Leaving Certificate Examination (including Day School Certificate (Higher) General paper), 1927
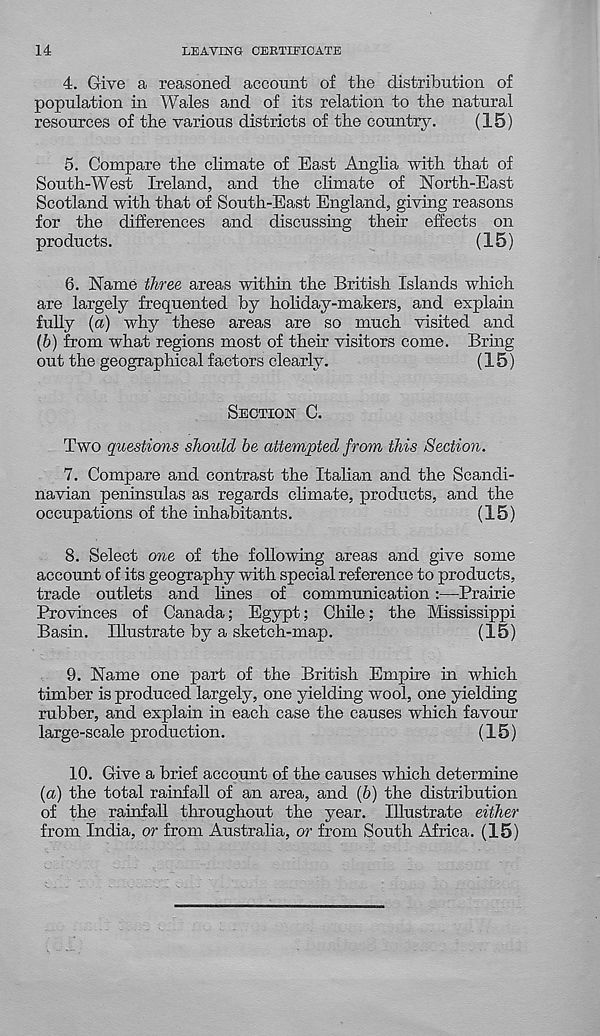
14
LEAVING CERTIFICATE
4. Give a reasoned account of the distribution of
population in Wales and of its relation to the natural
resources of the various districts of the country.
(15)
5. Compare the climate of East Anglia with that of
South-West Ireland, and the climate of North-East
Scotland with that of South-East England, giving reasons
for the differences and discussing their effects on
products.
(15)
6. Name three areas withm the British Islands which
are largely frequented by holiday-makers, and explain
fully (a) why these areas are so much visited and
(6) from what regions most of their visitors come. Bring
out the geographical factors clearly.
(15)
SECTION C.
Two questions should be attempted from this Section.
7. Compare and contrast the Italian and the Scandi-
navian peninsulas as regards climate, products, and the
occupations of the inhabitants.
(15)
8. Select one of the following areas and give some
account of its geography with special reference to products,
trade outlets and lines of communication:—Prairie
Provinces of Canada; Egypt; Chile; the Mississippi
Basin. Illustrate by a sketch-map.
(15)
9. Name one part of the British Empire in which
timber is produced largely, one yielding wool, one yielding
rubber, and explain in each case the causes which favour
large-scale production.
(15)
10. Give a brief account of the causes which determine
{a) the total rainfall of an area, and (6) the distribution
of the rainfall throughout the year. Illustrate either
from India, or from Australia, or from South Africa. (15)